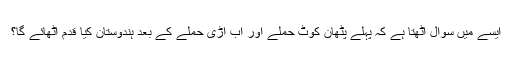
ایسے میں سوال اٹھتا ہے کہ پہلے پٹھان کوٹ حملے اور اب اڑی حملے کے بعد ہندوستان کیا قدم اٹھائے گا؟